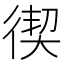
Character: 𭛸